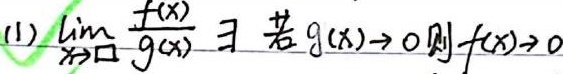
(1) $\lim\limits_{x \to \square} \frac{f(x)}{g(x)} \exists$ 若 $g(x)\to 0$ 则 $f(x)\to 0$